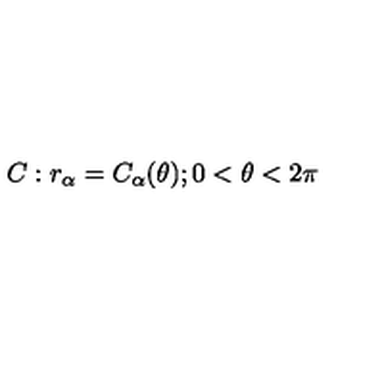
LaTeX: C : r _ { \alpha } = C _ { \alpha } ( \theta ) ; 0 < \theta < 2 \pi